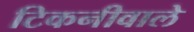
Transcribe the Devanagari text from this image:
टिकनीवाले